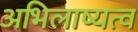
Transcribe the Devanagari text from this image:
अभिलाष्यत्व